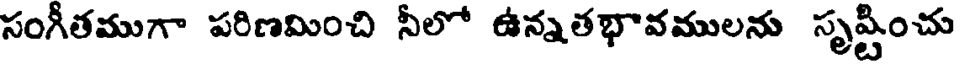
సంగీతముగా పరిణమించి నీలో ఉన్నతభావములను సృష్టించు